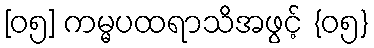
[၀၅] ကမ္မပထရာသိအဖွင့် {၀၅}